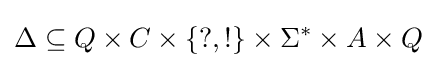
\Delta \subseteq Q\times C\times \{?,!\}\times \Sigma ^{*}\times A\times Q